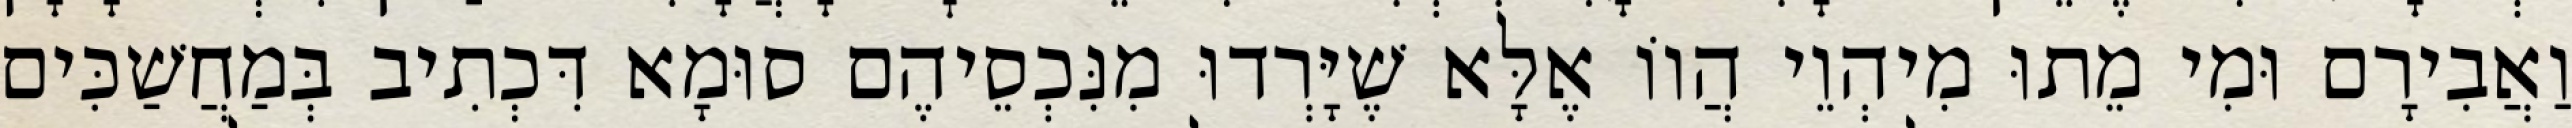
וַאֲבִירָם וּמִי מֵתוּ מִיהְוֵי הֲווֹ אֶלָּא שֶׁיָּרְדוּ מִנִּכְסֵיהֶם סוּמָא דִּכְתִיב בְּמַחֲשַׁכִּים